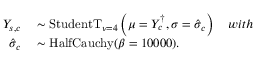
\begin{array} { r l } { Y _ { s , c } } & { { } \sim \mathrm { S t u d e n t T } _ { \nu = 4 } \left( \mu = Y _ { c } ^ { \dagger } , \sigma = \hat { \sigma } _ { c } \right) \quad w i t h } \\ { \hat { \sigma } _ { c } } & { { } \sim \mathrm { H a l f C a u c h y } ( \beta = 1 0 0 0 0 ) . } \end{array}